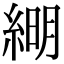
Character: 𦁠